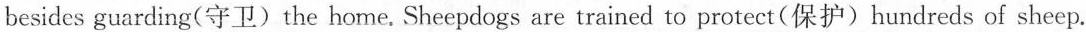
besides guarding(守卫)the home. Sheepdogs are trained to protect(保护)hundreds of sheep.